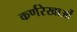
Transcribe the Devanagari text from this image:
कर्णरेखाओं